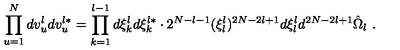
\prod _ { u = 1 } ^ { N } d v _ { u } ^ { l } d v _ { u } ^ { l * } = \prod _ { k = 1 } ^ { l - 1 } d \xi _ { k } ^ { l } d \xi _ { k } ^ { l * } \cdot 2 ^ { N - l - 1 } ( \xi _ { l } ^ { l } ) ^ { 2 N - 2 l + 1 } d \xi _ { l } ^ { l } d ^ { 2 N - 2 l + 1 } \hat { \Omega } _ { l } \ .